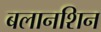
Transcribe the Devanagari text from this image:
बलानशिन